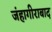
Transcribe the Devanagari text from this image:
जंहागीराबाद